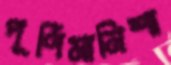
পূর্ণিমানিশা